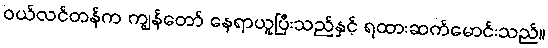
ဝယ်လင်တန်က ကျွန်တော် နေရာယူပြီးသည်နှင့် ရထားဆက်မောင်းသည်။